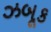
ઝબૂક